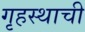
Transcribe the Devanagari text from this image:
गृहस्थाची